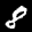
Label: 8